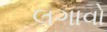
લગાવો